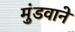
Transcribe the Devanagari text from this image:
मुंडवाने